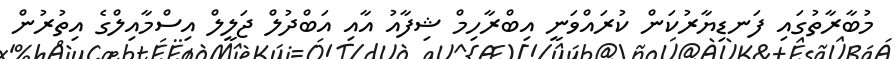
މުބާރާތުގައި ފަނޑިޔާރުކަން ކުރައްވަނީ އިބްރާހިމް ޝިފާއު އާއި އަބްދުލް ޖަލީލް އިސްމާއިލްގެ އިތުރުން